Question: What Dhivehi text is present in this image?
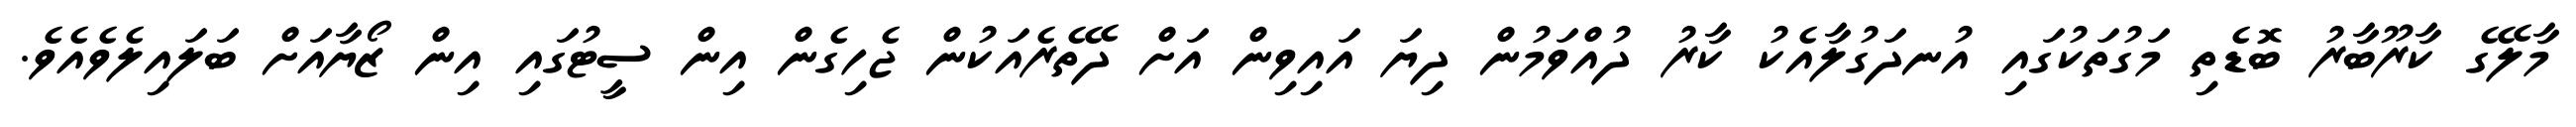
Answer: މާލޭގެ ކާރޫބާރު ބޮޑެތި މަގުތަކުގައި އުނދަގުލާއެކު ކާރު ދުއްވަމުން ދިޔަ އައިވިން އަށް ދޭތެރެއަކުން ޖެހިގެން އިން ސީޓުގައި އިން ޒޯޔާއަށް ބަލައިލެވެއެވެ.